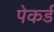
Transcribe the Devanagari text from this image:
पेकर्ड